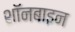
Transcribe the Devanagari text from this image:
शॉनबाइन